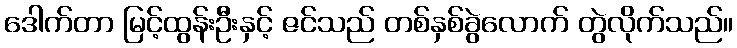
ဒေါက်တာ မြင့်ထွန်းဦးနှင့် ဇင်သည် တစ်နှစ်ခွဲလောက် တွဲလိုက်သည်။